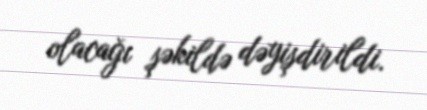
olacağı şəkildə dəyişdirildi.